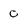
Character: 0